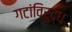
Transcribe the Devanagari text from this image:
गटांविरुद्ध